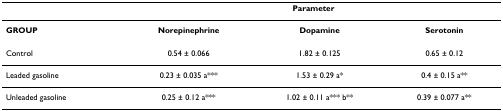
|  | <COLSPAN=3> Parameter |
 | --- | --- | --- | --- |
 | GROUP | Norepinephrine | Dopamine | Serotonin |
 | Control | 0.54 ± 0.066 | 1.82 ± 0.125 | 0.65 ± 0.12 |
 | Leaded gasoline | 0.23 ± 0.035 a*** | 1.53 ± 0.29 a* | 0.4 ± 0.15 a** |
 | Unleaded gasoline | 0.25 ± 0.12 a*** | 1.02 ± 0.11 a*** b** | 0.39 ± 0.077 a** |